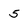
Character: 5